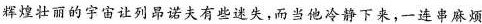
辉煌壮丽的宇宙让列昂诺夫有些述失，而当他冷静下来，一连串麻烦